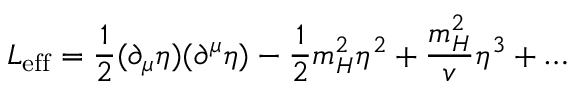
{ \cal L } _ { \mathrm { e f f } } = \frac { 1 } { 2 } ( \partial _ { \mu } \eta ) ( \partial ^ { \mu } \eta ) - \frac { 1 } { 2 } m _ { H } ^ { 2 } \eta ^ { 2 } + { \frac { m _ { H } ^ { 2 } } { v } } \eta ^ { 3 } + \ldots